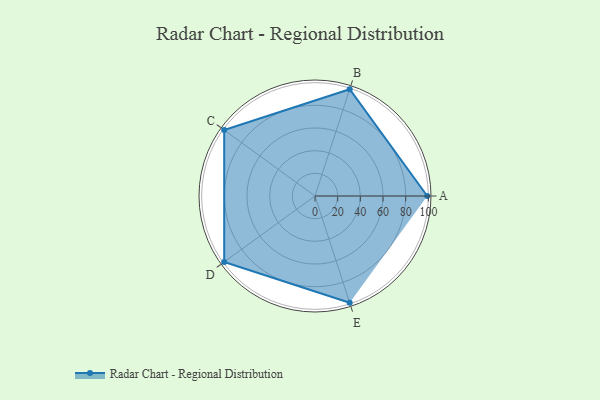
{"axis": {"x": "Skill", "y": "Score"}, "legend": ["Profile"], "data": [{"x": "A", "y": 99, "type": "Profile"}, {"x": "B", "y": 99, "type": "Profile"}, {"x": "C", "y": 99, "type": "Profile"}, {"x": "D", "y": 99, "type": "Profile"}, {"x": "E", "y": 99, "type": "Profile"}]}